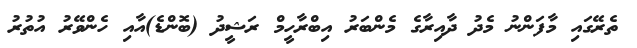
ތެރޭގައި މާފަންނު މެދު ދާއިރާގެ މެންބަރު އިބްރާހީމް ރަޝީދު (ބޮންޑެ)އާއި ހެންވޭރު އުތުރު